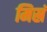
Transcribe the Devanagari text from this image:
मिस्रं